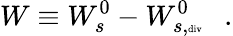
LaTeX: W\equiv W_{s}^{0}-W_{s,\tiny{\mathrm{div}}}^{0}~~~.